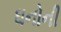
ઘનોની